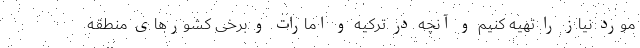
مورد نیاز را تهیه کنیم و آنچه در ترکیه و امارات و برخی کشورهای منطقه